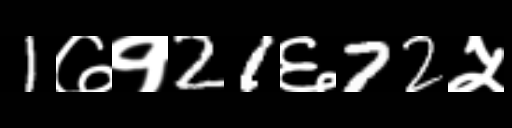
Text: 1७१21६72५